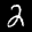
Label: 2